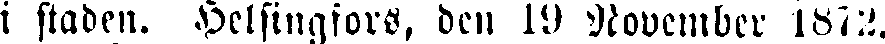
i staden. Helsingfors, den 19 November 1872.